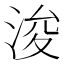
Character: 浚